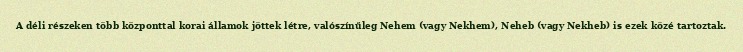
A déli részeken több központtal korai államok jöttek létre, valószínűleg Nehem (vagy Nekhem), Neheb (vagy Nekheb) is ezek közé tartoztak.